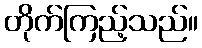
တိုက်ကြည့်သည်။